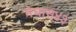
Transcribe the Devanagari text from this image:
मेघास४३